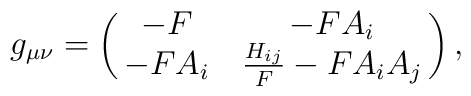
g_{\mu\nu}= \pmatrix{-F & -FA_{i} \cr-FA_{i} & \frac{H_{ij}}{F}-FA_{i}A_{j} \cr},